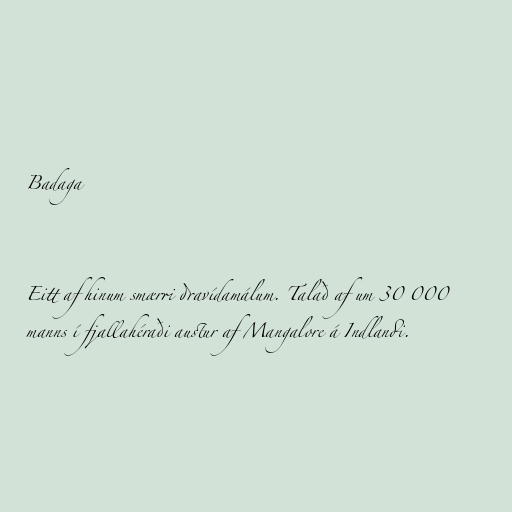
Badaga

Eitt af hinum smærri dravídamálum. Talað af um 30 000
manns í fjallahéraði austur af Mangalore á Indlandi.